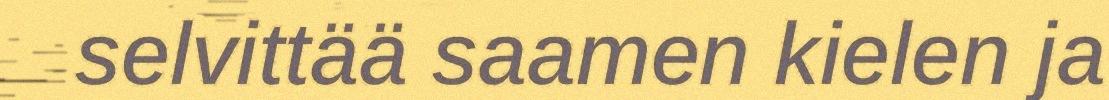
selvittää saamen kielen ja